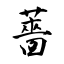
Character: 薔